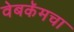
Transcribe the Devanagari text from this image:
वेबकॅमचा